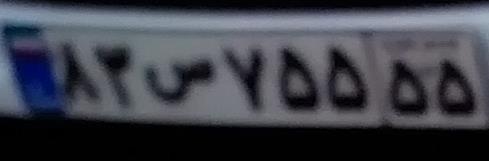
۸۳س۷۵۵۵۵